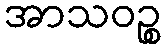
အာသဝဉ္စ